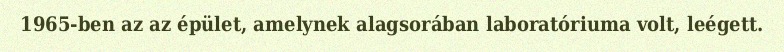
1965-ben az az épület, amelynek alagsorában laboratóriuma volt, leégett.